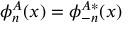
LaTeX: \phi _ { n } ^ { A } ( x ) = \phi _ { - n } ^ { A \ast } ( x )